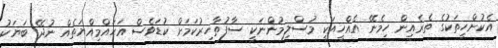
އެކުށްހީތަކުގެ ތެރެއިން ހިމެނޭ އެއްހީއަކީ މުސްލިމުންނަކީ ސާފުތާހިރުކަމަށް ކުޑަވެސް އަހައްމިއްޔަތެއް ނުދޭ ބަޔަކު